Problem: 9 × 6 = ?
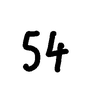
Handwritten answer: 54